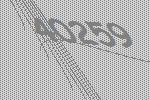
40259